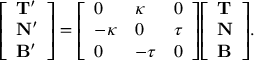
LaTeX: { \left[ \begin{array} { l } { \mathbf { T ^ { \prime } } } \\ { \mathbf { N ^ { \prime } } } \\ { \mathbf { B ^ { \prime } } } \end{array} \right] } = { \left[ \begin{array} { l l l } { 0 } & { \kappa } & { 0 } \\ { - \kappa } & { 0 } & { \tau } \\ { 0 } & { - \tau } & { 0 } \end{array} \right] } { \left[ \begin{array} { l } { \mathbf { T } } \\ { \mathbf { N } } \\ { \mathbf { B } } \end{array} \right] } .